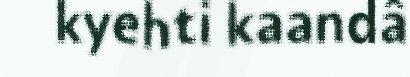
kyehti kaandâ